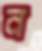
ন